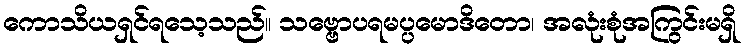
ကောသိယရှင်ရသေ့သည်။ သဗ္ဗောပရမပ္ပမောဒိတော၊ အလုံးစုံအကြွင်းမရှိ